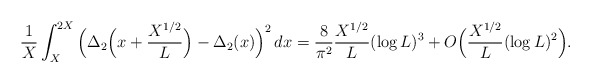
\begin{align*} \frac1X \int_X^{2X}\Big(\Delta_2\Big(x+\frac{X^{1/2}}{L}\Big)-\Delta_2(x) \Big)^2 \, dx=\frac{8}{\pi^2} \frac{X^{1/2}}{L} (\log L )^3+O\Big(\frac{X^{1/2}}{L} (\log L)^2 \Big).\end{align*}